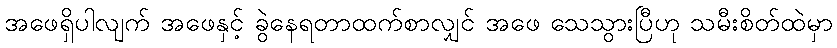
အဖေရှိပါလျက် အဖေနှင့် ခွဲနေရတာထက်စာလျှင် အဖေ သေသွားပြီဟု သမီးစိတ်ထဲမှာ